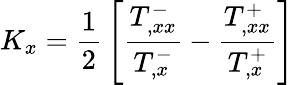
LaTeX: K_{x}={\frac{1}{2}}\left[{\frac{T_{,xx}^{-}}{T_{,x}^{-}}}-{\frac{T_{,xx}^{+}}{T_{,x}^{+}}}\right]